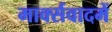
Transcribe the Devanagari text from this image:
मार्क्सवादमें